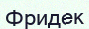
Фридек